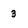
Character: 3